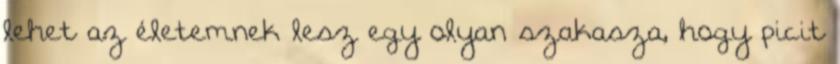
lehet az életemnek lesz egy olyan szakasza, hogy picit